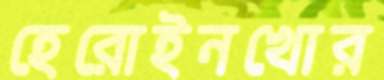
হেরোইনখোর